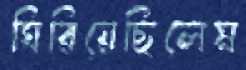
ঘিরিয়েছিলেম